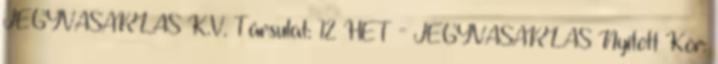
JEGYVÁSÁRLÁS K.V. Társulat: 12 HÉT - JEGYVÁSÁRLÁS Nyitott Kör: